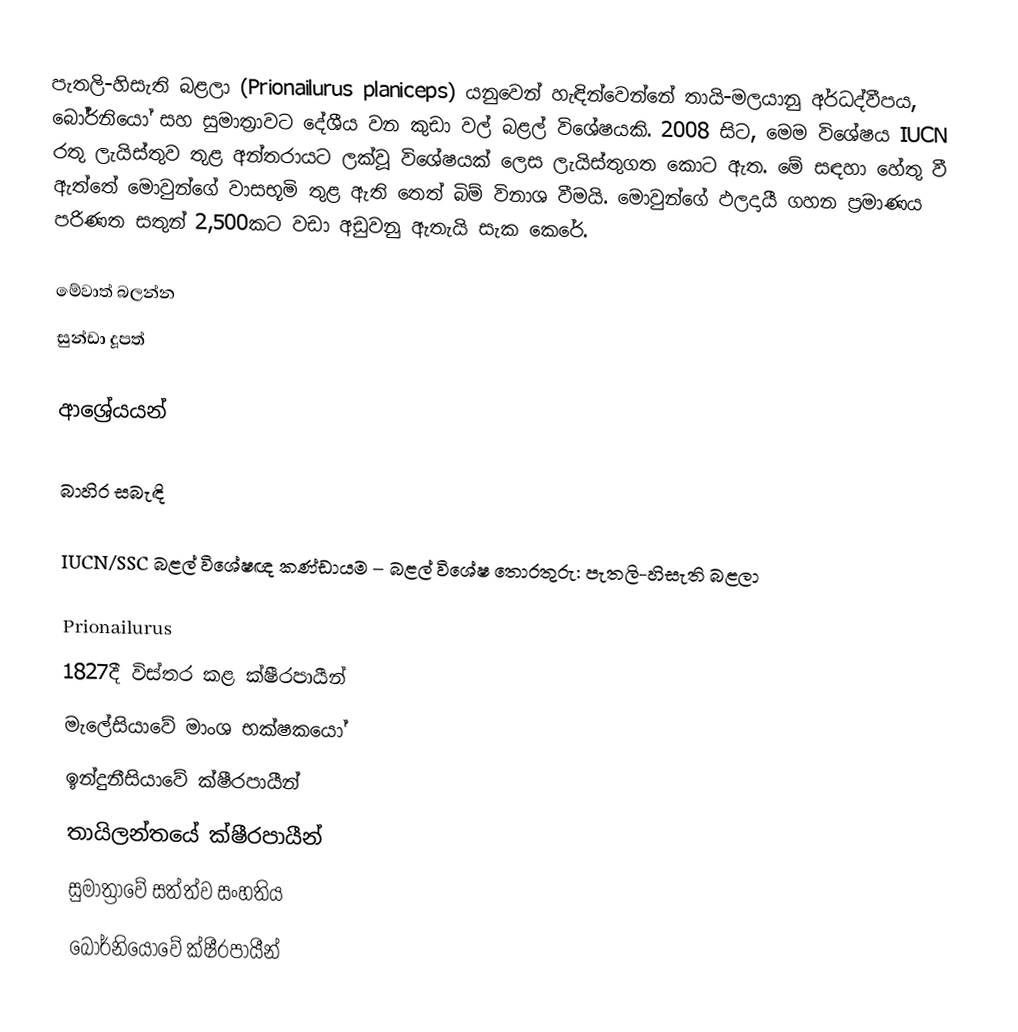
පැතලි-හිසැති බළලා (Prionailurus planiceps) යනුවෙන් හැඳින්වෙන්නේ තායි-මලයානු අර්ධද්වීපය, බෝර්නියෝ සහ සුමාත්‍රාවට දේශීය වන කුඩා වල් බළල් විශේෂයකි. 2008 සිට, මෙම විශේෂය IUCN රතු ලැයිස්තුව තුළ අන්තරායට ලක්වූ විශේෂයක් ලෙස ලැයිස්තුගත කොට ඇත. මේ සඳහා හේතු වී ඇත්තේ මොවුන්ගේ වාසභූමි තුළ ඇති තෙත් බිම් විනාශ වීමයි. මොවුන්ගේ ඵලදායී ගහන ප්‍රමාණය පරිණත සතුන් 2,500කට වඩා අඩුවනු ඇතැයි සැක කෙරේ.

මේවාත් බලන්න
 සුන්ඩා දූපත්

ආශ්‍රේයයන්

බාහිර සබැඳි

 IUCN/SSC බළල් විශේෂඥ කණ්ඩායම – බළල් විශේෂ තොරතුරු: පැතලි-හිසැති බළලා

Prionailurus
1827දී විස්තර කළ ක්ෂීරපායීන්
මැලේසියාවේ මාංශ භක්ෂකයෝ
ඉන්දුනීසියාවේ ක්ෂීරපායීන්
තායිලන්තයේ ක්ෂීරපායීන්
සුමාත්‍රාවේ සත්ත්ව සංහතිය
බෝර්නියෝවේ ක්ෂීරපායීන්